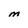
Character: M